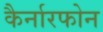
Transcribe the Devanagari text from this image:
कैर्नारफोन